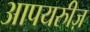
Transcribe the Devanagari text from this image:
आपयरुीज़